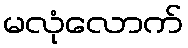
မလုံလောက်